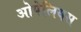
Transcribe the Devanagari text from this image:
ओपेलियस